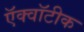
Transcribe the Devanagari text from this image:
ऍक्वॉटीक